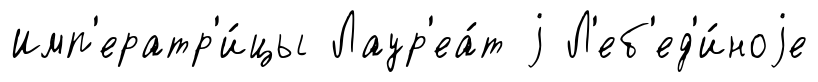
Имп'ератр'и́цы Лаур'еа́т j Л'еб'ед'и́ноjе